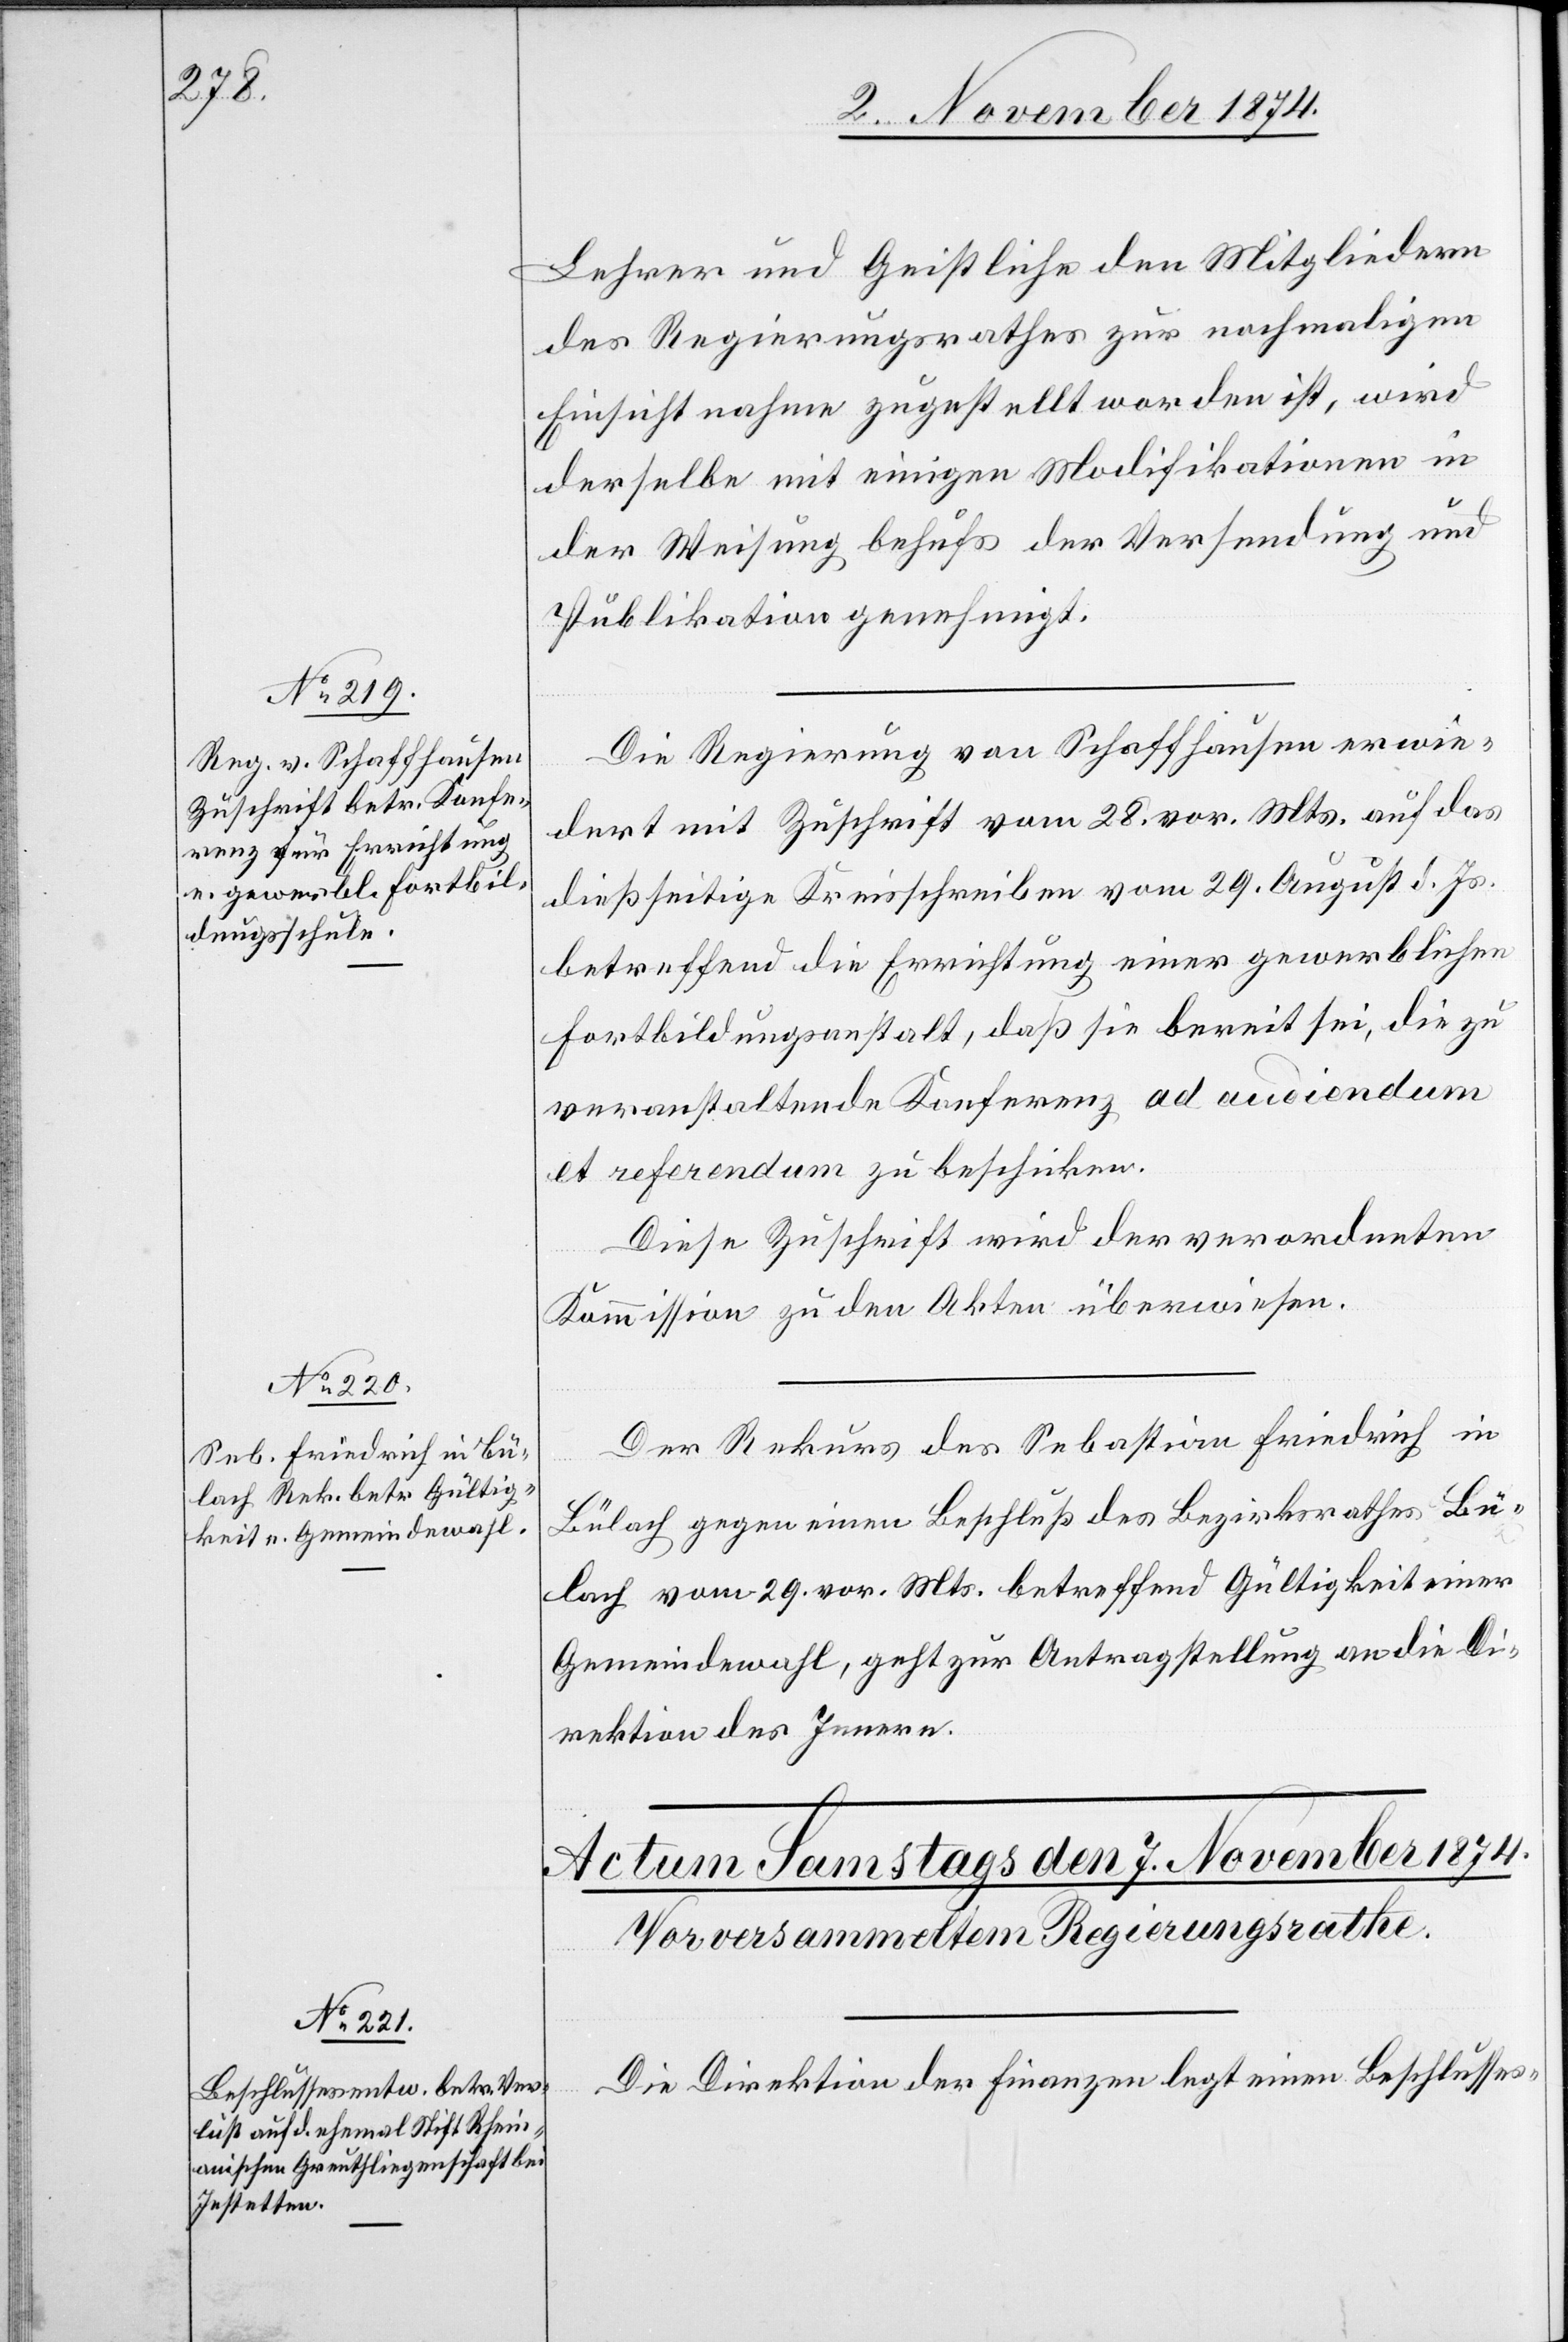
6. November 1874.]
Lehrer und Geistliche den Mitgliedern
des Regierungsrathes zur nochmaligen
derselbe mit einigen Modifikationen in
der Weisung behufs der Versendung und
Publikation genehmigt.
Die Regierung von Schaffhausen erwie¬
dert mit Zuschrift vom 28. vor. Mts. auf das
dießseitige Kreisschreiben vom 29. August d. Js.
betreffend die Errichtung einer gewerblichen
Fortbildungsanstalt, daß sie bereit sei, die zu
veranstaltende Konferenz ad audiendum
et referendum zu beschicken.
Diese Zuschrift wird der verordneten
Kommission zu den Akten überwiesen.
Der Rekurs des Sebastian Friedrich in
Bülach gegen einen Beschluß des Bezirksrathes Bü¬
lach vom 29. vor. Mts. betreffend Gültigkeit einer
Gemeindewahl, geht zur Antragstellung an die Di¬
rektion des Innern.
Die Direktion der Finanzen legt einen Beschlusses-